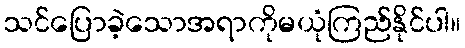
သင်ပြောခဲ့သောအရာကိုမယုံကြည်နိုင်ပါ။